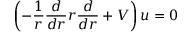
\left( - \frac { 1 } { r } \frac { d } { d r } r \frac { d } { d r } + V \right) u = 0